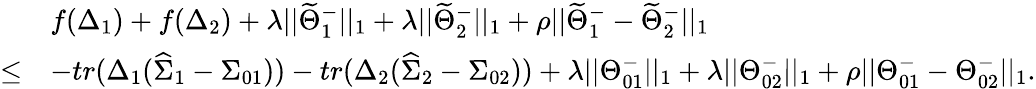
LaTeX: \begin{array}{rl}&{f(\Delta_{1})+f(\Delta_{2})+\lambda||\widetilde{\Theta}_{1}^{-}||_{1}+\lambda||\widetilde{\Theta}_{2}^{-}||_{1}+\rho||\widetilde{\Theta}_{1}^{-}-\widetilde{\Theta}_{2}^{-}||_{1}}\\ {\leq}&{-tr(\Delta_{1}(\widehat{\Sigma}_{1}-\Sigma_{01}))-tr(\Delta_{2}(\widehat{\Sigma}_{2}-\Sigma_{02}))+\lambda||\Theta_{01}^{-}||_{1}+\lambda||\Theta_{02}^{-}||_{1}+\rho||\Theta_{01}^{-}-\Theta_{02}^{-}||_{1}.}\end{array}